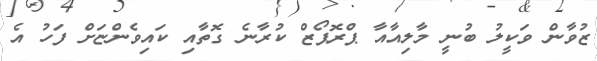
ޒުވާން ވަކީލު ބުނީ މާލިއާއާ ޕްރޮޕޯޒް ކުރާނެ ގޮތާއި ކައިވެންޏަށް ފަހު އެ